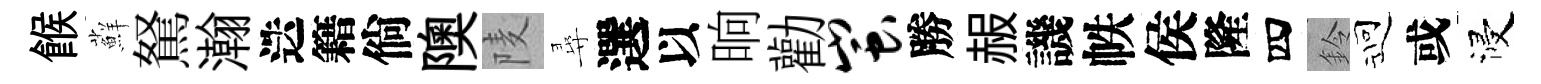
餱蘚駑瀚迭籍倘隩𨹧尋選以晌勸蚩勝赧譏帙侯隆四鈴迎或浸